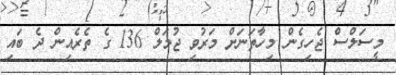
މީސަލްސް ޖެހިގެން މިހާތަނަށް މަރުވި ޖުމަލް 136 ގެ ތެރެއިން ދެ ބައި